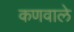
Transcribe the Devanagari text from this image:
कणवाले